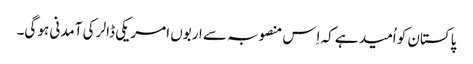
پاکستان کو اُمید ہے کہ اِس منصوبہ سے اربوں امریکی ڈالر کی آمدنی ہو گی۔